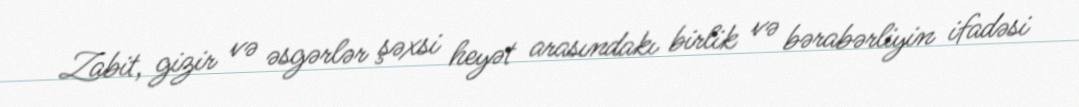
Zabit, gizir və əsgərlər şəxsi heyət arasındakı birlik və bərabərliyin ifadəsi